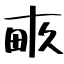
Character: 畞